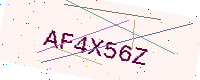
Text: AF4X56Z